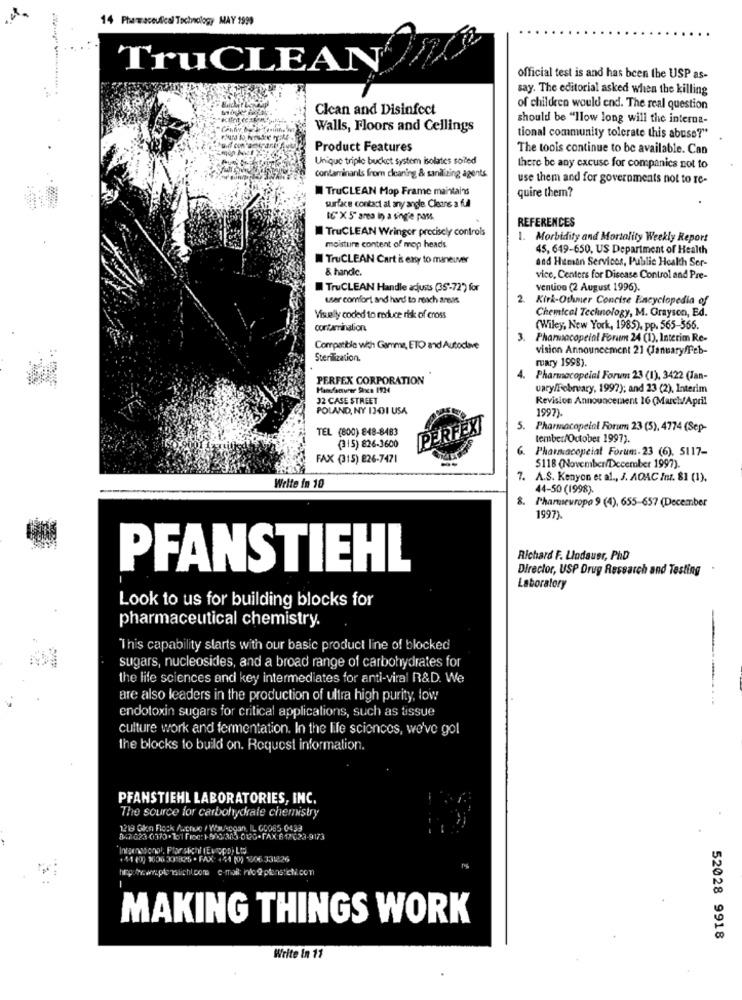
14 Pharmaceutical Technology MAY 1999
TruCLEAN
official test is and has been the USP as-
say. The editorial asked when the killing
Clean and Disinfect
of children would end. The real question
should be "llow long will the interna-
Walls, Floors and Cellings
tional community tolerate this abuse?"
Product Features
The tools continue to be available. Can
Unique triple bucket system isolates solled
there be any excuse for companies not to
contaminants from cleaning & sanilizing agents
use them and for governments not to re-
TruCLEAN Mop Frame maintains
quire them?
surface contact al any angle. Cleans a full
IC' X 5' area in a ting'e poMs
REFERENCES
TruCLEAN Wringer precisely controls
1. Morbidity and Mortality Weekly Report
moisture content of mop heads
45, 649-650, US Department of Health
TruCLEAN Cart is exy to maneuver
and Human Services, Public Heakh Ser-
& handle.
vice, Centers for Disease Control and Pre-
TruCLEAN Handle adjusts (35-72") for
vention (2 August 1996).
ur comfort and hard to reach ansas
2. Kirk-Ochmer Concise Encyclopedia of
Chemical Technology, M. Grayson, Ed.
Visually coded to reduce risk of cross
contamination
(Wiley, New York, 1985), pp. 565-566.
3. Pharmacopeinl Forum 24 (1), Interim Re-
Compatible with Gamme, ETO and Autoclave
vision Announcement 21 (January/Feb-
Sterilization.
ruary 1998).
PERFEX CORPORATION
. Pharmacopeial Forum: 23 (1), 3422 (Jan-
uary/February, 1997); and 23 (2), Interim
32 CASE STREET
Revision Announcement 16 (March/April
POLAND, NY 1301 USA
1997)
TEL (800) 848-8483
[PERFEX]
5. Pharmacopeinl Forum 23 (5), 4774 (Sep-
tember/October 1997).
(315) 826-3600
. Pharmacopeial Forum-23 (6), 5117-
FAX (315) 826-7471
$118 (November/December 1997).
7. A.S. Kenyon et al ., J. AOAC Inz. 81 (1).
Write in 10
44-50 (1998)
8. Phameuropa 9 (4), 655-657 (December
1997).
Richard F. Lindauer, PhD
PFANSTIEHL
Director, USP Drug Research and Testing
Laboratory
Look to us for building blocks for
pharmaceutical chemistry.
This capability starts with our basic product line of blocked
sugars, nucleosides, and a broad range of carbohydrates for
the life sciences and key intermediates for anti-viral R&D. We
are also leaders in the production of ultra high purity, low
----...
endotoxin sugars for critical applications, such as tissue
culture work and fermentation. In the life sciences, we've got
the blocks to build on. Request information.
PFANSTIEHL LABORATORIES, INC.
The source for carbohydrate chemistry
1219 Gize Flock A.chue / Waukegan, IL GG085-0433
Intensoonol. Plar skichi (Euppp) Ltd
+44 (0) 3006 331825 - FAX: +44 (0) 1506 331826
MAKING THINGS WORK
52028 9918
Write in 11